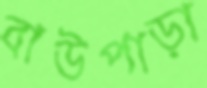
বাউপাড়া